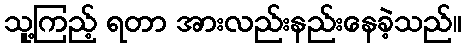
သူ့ကြည့် ရတာ အားလည်းနည်းနေခဲ့သည်။